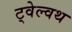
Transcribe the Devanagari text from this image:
ट्वेल्वथ